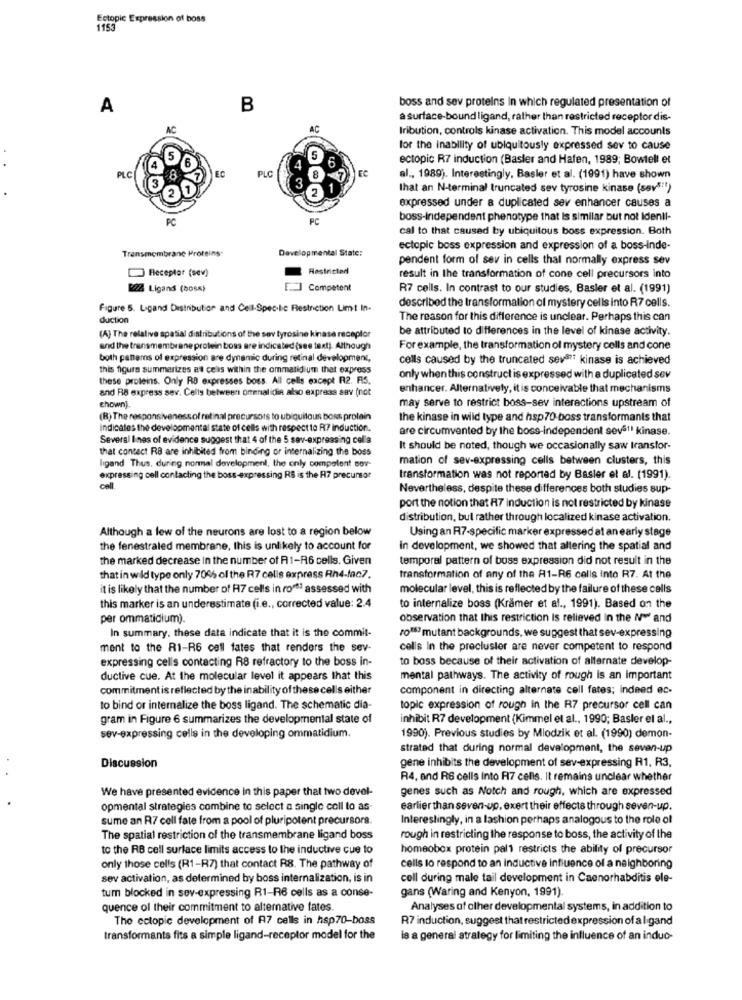
Ectopic Expression of boss
1153
A
B
boss and sev proteins In which regulated presentation of
a surface-bound ligand, rather than restricted receptor dis-
Iribution, controls kinase activation. This model accounts
for the inability of ubiquitously expressed sev to cause
5
4
5
6
ectopic R7 induction (Basler and Hafen, 1989; Bowtell et
FC
PLC
PLC
3
al ., 1989). Interestingly, Basler et al. (1991) have shown
2
1
that an N-terminal truncated sev tyrosine kinase (sev8"")
expressed under a duplicated sev enhancer causes a
PC
PC
boss-Independent phenotype that Is similar but not Identi-
cal to that caused by ubiquitous boss expression. Both
Transmembrane Proteins-
Developmental State:
ectopic boss expression and expression of a boss-inde-
pendent form of sev in cells thal normally express sev
Receptor (sev)
Restricted
result in the transformation of cone cell precursors into
22. Ligand (bosA)
Competent
R7 cells. In contrast to our studies, Basler et al. (1991)
Figure 5. Ligand Distribution and Cell-Spec-lic Restriction Limt In.
described the transformation of mystery cells into R7 cells.
duction
The reason for this difference is unclear. Perhaps this can
be attributed to differences in the level of kinase activity.
(A) The relative spatial distributions of the sev tyrosine kinase receptor
and the transmembrane protein boss are indicated (see text). Although
For example, the transformation of mystery cells and cone
both panems of expression are dynamic during retinal development,
cells caused by the truncated seva ?? kinase is achieved
this figura summarizes as ceis within the ommatidium that express
these proleins. Only RO expresses boss. All cells except R2. FIS.
only when this construct is expressed with a duplicated sev
and R8 express sev. Celly between ormnalidin also express sav (not
enhancer. Alternatively, it is conceivable that mechanisms
may serve to restrict boss-sev interactions upstream of
chownj.
(B) The responsiveness of retinal precursors to ubiquitous boss protein
the kinase in wild type and hsp70 boss transformanis that
indicates the developmental state of cells with respectto R7 induction.
are circumvented by the boss-independent sev511 kinase.
Several lines of evidence suggest that 4 of the 5 sev-expressing cells
that contect RB are inhibited from binding or internalizing the boss
It should be noted, though we occasionally saw transfor-
ligand Thus. during normal development, the only competent sov-
mation of sev-expressing cells between clusters, this
expressing cell contacting the boss-expressing RS is the R7 precursor
transformation was not reported by Basler et al. (1991).
cell
Nevertheless, despite these differences both studies sup-
port the notion that A7 induction is not restricted by kinase
distribution, but rather through localized kinase activation.
Although a few of the neurons are lost to a region below
Using an R7-specific marker expressed at an early stage
the fenestraled membrane, this is unlikely to account for
in development, we showed that altering the spatial and
the marked decrease In the number of R1-R6 cells. Given
temporal pattern of boss expression did not result in the
that in wild type only 7066 of the R7 cells express Rh4-Mac7.
transformation of any of the A1-R6 cells into R7. At the
it is likely that the number of A7 cells in ro" assessed with
molecular level, this is reflected by the failure of these cells
this marker is an underestimate (i.e ., corrected value: 2.4
to internalize boss (Kramer et al ., 1991). Based on the
per ommatidium).
observation that this restriction Is relieved In the (~ and
In summary, these data indicate that it is the commit-
ro™? mutant backgrounds, we suggest that sev-expressing
ment to the R1-R6 cell fates that renders the sev-
cells In the precluster are never competent to respond
expressing cells contacting R8 refractory to the boss in-
to boss because of their activation of alternate develop-
ductive cue. At the molecular level it appears that this
mental pathways. The activity of rough is an important
commitment is reflected by the inability of these cells either
component in directing alternate cell fates; indeed ec-
to bind or internalize the boss ligand. The schematic dia-
topic expression of rough in the R7 precursor cell can
gram in Figure 6 summarizes the developmental state of
inhibit R7 development (Kimmel et al ., 1990; Basler el al .,
sev-expressing cells in the developing ommatidium.
1990). Previous studies by Mlodzik et al. (1990) demon-
strated that during normal development, the seven-up
Discussion
gene inhibits the development of sev-expressing R1, R3.
R4. and R6 cells Into R17 cells. It remains unclear whether
We have presented evidence in this paper that two devel-
genes such as Notch and rough, which are expressed
opmental strategies combine to select a single coll to as-
earlier than seven-up, exert their effects through seven-up.
sume an R7 cell fate from a pool of pluripotent precursors.
Interestingly, in a fashion perhaps analogous to the role of
The spatial restriction of the transmembrane ligand boss
rough in restricting the response to boss, the activity of the
to the RB cell surface limits access to the inductive cue to
homeobox protein palt restricts the ability of precursor
only those cells (R1-R7) that contact R8. The pathway of
cells to respond to an inductive influence of a neighboring
sev activation, as determined by boss internalization, is in
coll during male tail development in Caenorhabditis ele-
tum blocked in sev-expressing R1-R6 cells as a conse-
gans (Waring and Kenyon, 1991)
quence ol their commitment to alternative fates.
Analyses of olher developmental systems, in addition to
The ectopic development of A7 cells in hsp70-boss
R7 induction, suggest that restricted expression of a ligand
transformants fits a simple ligand-receptor model for the
le a general strategy for limiting the influence of an induc-